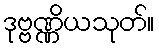
ဒုဗ္ဗဏ္ဏိယသုတ်။